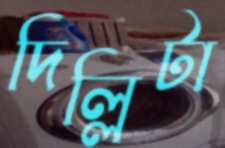
দিল্লিটা